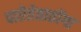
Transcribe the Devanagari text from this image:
पारेतेतातोंगा